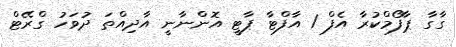
ގާގާ ޕާފޯމްކުރާ އެފް 1 އާފްޓާ ޕާޓީ އޮންނާނީ އާދިއްތަ ދުވަހު ގްރޭޓް